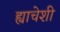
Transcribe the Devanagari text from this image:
ह्याचेशी